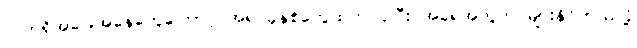
လက်ရှိအခြေအနေတွေကြောင့် အရင်ခုနှစ်တွေထက် ပိုပြီး အရေအတွက် များနိုင်တယ်လို့